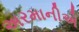
અરમાનીએ